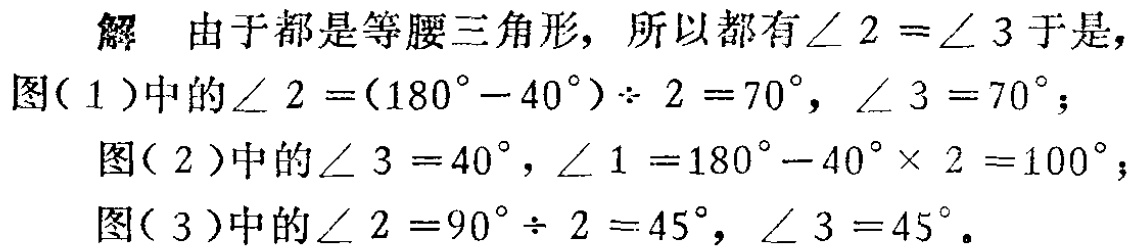
解 由于都是等腰三角形, 所以都有$\angle 2 = \angle 3$于是,
图( 1 )中的$\angle 2 =(180^{\circ}-40^{\circ})\div 2 = 70^{\circ}$, $\angle 3 = 70^{\circ}$;
图( 2 )中的$\angle 3 = 40^{\circ}$, $\angle 1 = 180^{\circ}-40^{\circ}\times 2 = 100^{\circ}$;
图( 3 )中的$\angle 2 = 90^{\circ}\div 2 = 45^{\circ}$, $\angle 3 = 45^{\circ}$.